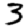
Digit: 3